Document type: Sale
Year: 1435
Scribe: Pere Soler
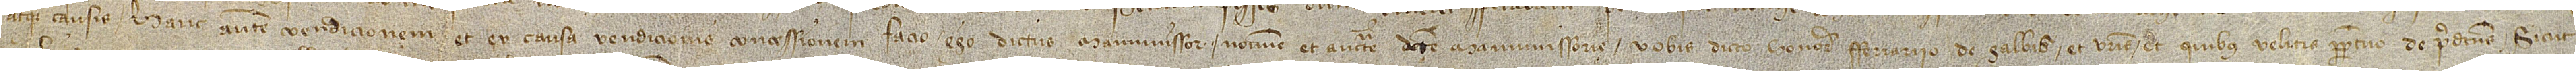
atque causis. Hanc autem vendicionem et ex causa vendicionis concessionem facio ego dictus manumissor nomine et auctoritate dicte manumissorie vobis dicto honorabili Ferrario de Galbis et vestris et quibus velitis perpetuo de predictis, sicut